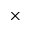
\times